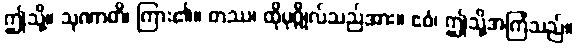
ဤသို့။ သုဏာတိ၊ ကြား၏။ တဿ၊ ထိုပုဂ္ဂိုလ်သည်အား။ ဧဝံ၊ ဤသို့အကြံသည်။